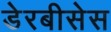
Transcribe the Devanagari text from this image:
डेरबीसेस